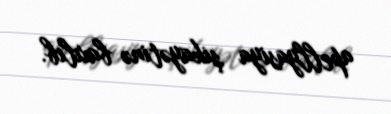
apellyasiya şikayətinə baxılıb.